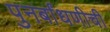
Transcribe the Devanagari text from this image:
पुनर्बांधणीची